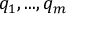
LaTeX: q _ { 1 } , . . . , q _ { m }